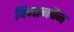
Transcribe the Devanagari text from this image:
विमानपैन